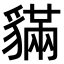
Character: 䝡